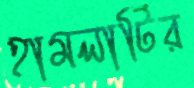
হামলাটির